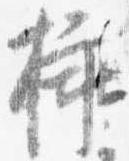
挿